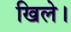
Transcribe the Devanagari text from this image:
खिले।